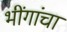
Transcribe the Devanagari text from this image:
भींगांचा